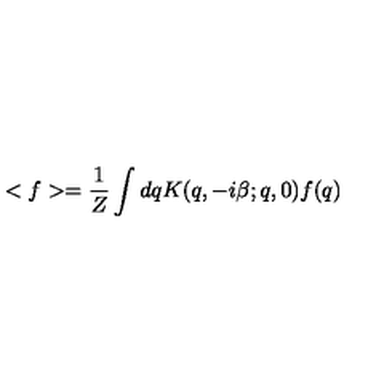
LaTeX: < f > = \frac { 1 } { Z } \int d q K ( q , - i \beta ; q , 0 ) f ( q )